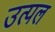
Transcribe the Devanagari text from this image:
उत्‍पल